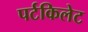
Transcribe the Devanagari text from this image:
पर्टकिलेट